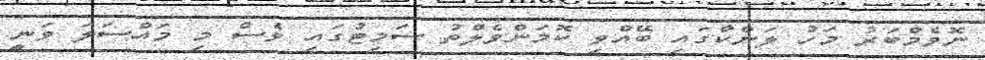
ނޮވެމްބަރު މަހު ލަންކާގައި ބޭއްވި ކޮމަންވެލްތު ސަމިޓުގައި ވެސް މި މައްސަލަ ވަނީ